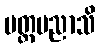
မတ္တမညာသိ